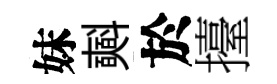
妹𣂏於擡